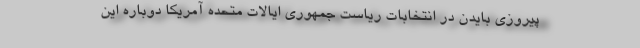
پیروزی بایدن در انتخابات ریاست جمهوری ایالات متحده آمریکا دوباره این